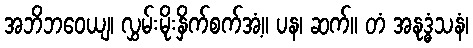
အဘိဘဝေယျ၊ လွှမ်းမိုးနှိက်စက်အံ့။ ပန၊ ဆက်။ တံ အနုဒ္ဓံသနံ၊